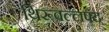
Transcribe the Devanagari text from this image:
थिरूवल्लपद